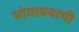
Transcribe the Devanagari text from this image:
भोगावयाची